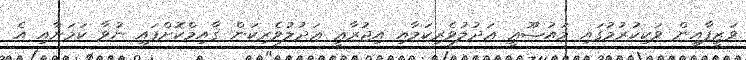
ވަޒީފާއިން ވަކިކުރުމުގައި މައުޟޫޢީ ޢަދުލުވެރިކަމާއި އިޖުރާޢީ ޢަދުލުވެރިކަން ޤާއިމްކޮށްފައި ނުވާ ކަމަށާއި އެ